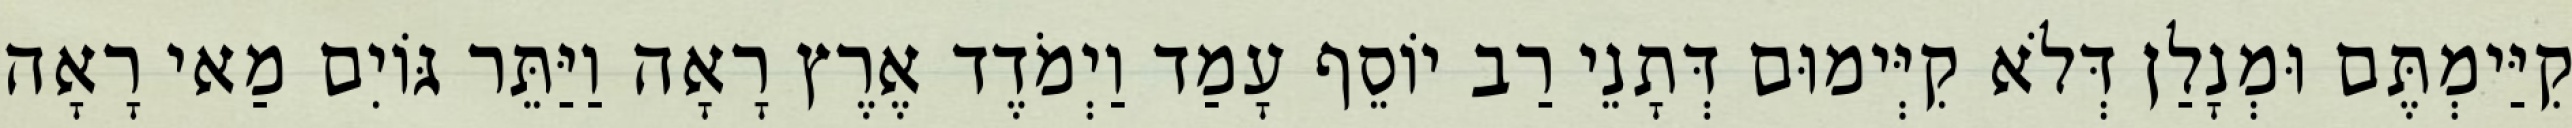
קִיַּימְתֶּם וּמְנָלַן דְּלֹא קִיְּימוּם דְּתָנֵי רַב יוֹסֵף עָמַד וַיְמֹדֶד אֶרֶץ רָאָה וַיַּתֵּר גּוֹיִם מַאי רָאָה